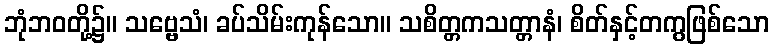
ဘုံဘဝတို့၌။ သဗ္ဗေသံ၊ ခပ်သိမ်းကုန်သော။ သစိတ္တကသတ္တာနံ၊ စိတ်နှင့်တကွဖြစ်သော